Civil Veterinary Dept. Bombay admin report 1932-41 - 1932-1941
Year: 1932
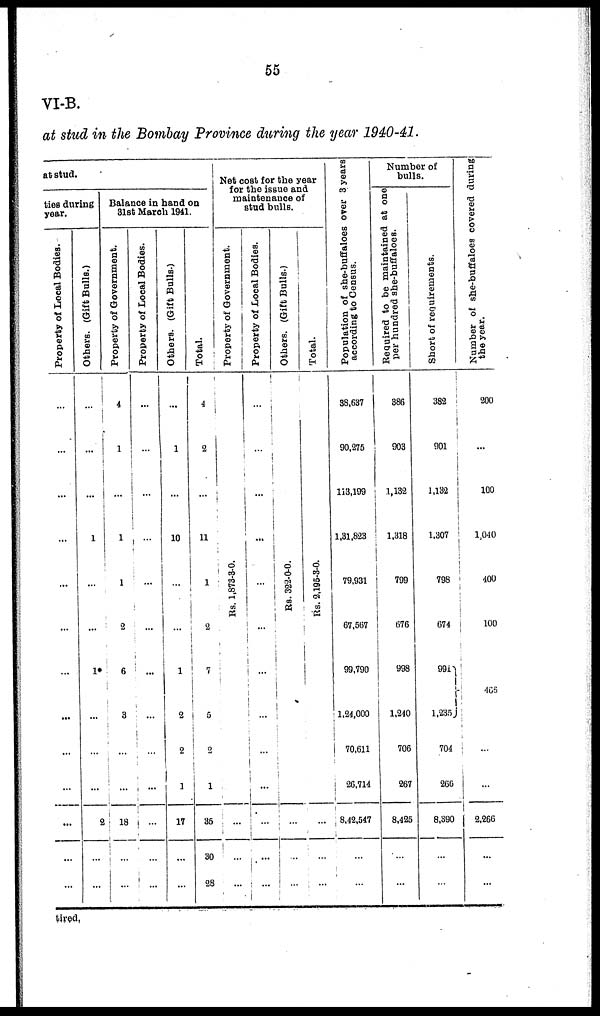
55
VI-B.
at stud in the Bombay Province during the year 1940-41.
at stud.
ties during
year.
Property of Local Bodies.
...
...
...
...
...
...
...
...
...
...
...
...
...
Others. (Gift Bulls.)
...
...
...
1
...
...
1*
...
...
...
2
...
...
Balance in hand on
31st March 1941.
Property of Government.
4
1
...
1
1
2
6
3
...
...
18
...
...
Property of Local Bodies.
...
...
...
...
...
...
...
...
...
...
...
...
...
Others. (Gift Bulls.)
...
1
...
10
...
...
1
2
2
1
17
...
...
Total.
4
2
...
11
1
2
7
5
2
1
35
30
28
Net cost for the year
for the issue and
maintenance of
stud bulls.
Property of Government.
Rs. 1,873-3-0.
...
...
...
Property of Local Bodies.
...
...
...
...
...
...
...
...
...
...
...
...
...
Others. (Gift Balls.)
Rs. 322-0-0.
...
...
...
Total.
Rs. 2, 195- 3- 0.
...
...
...
Population of she-buffaloes over 3 years
according to Census.
38,637
90,275
113,199
1,31,823
79,931
67,567
99,790
1,24,000
70,611
26,714
8,42,547
...
...
Number of
bulls.
Required
to be maintained at one
per hundred she-buffaloes.
386
903
1,132
1,318
799
676
998
1,240
706
267
8,425
...
...
Short of requirements.
382
901
1,132
1,307
798
674
991
1,235
704
266
8,390
...
...
Number of she-buffaloes covered during
the year.
200
...
100
1,040
400
100
465
...
...
2,266
...
...
tired.